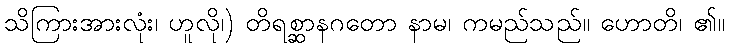
သိကြားအားလုံး၊ ဟူလို၊) တိရစ္ဆာနဂတော နာမ၊ ကမည်သည်။ ဟောတိ၊ ၏။